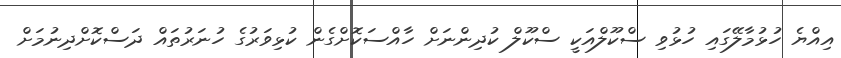
އިއްޔެ ހުޅުމާލޭގައި ހުޅުވި ސްކޫލްއަކީ ސްކޫލް ކުދިންނަށް ހާއްސަކޮށްގެން ކުޅިވަރުގެ ހުނަރުތައް ދަސްކޮށްދިނުމަށް